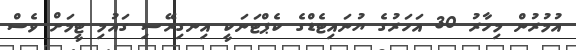
އުމުރުން މިހާރު 30 އަހަރުގެ ޔުނައިޓެޑްގެ ކެޕްޓަނަކީ އިނގިރޭސި ގައުމި ޓީމަށް ވެސް